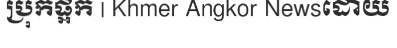
ប្រុកផ្អក | Khmer Angkor Newsដោយ